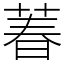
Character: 萶